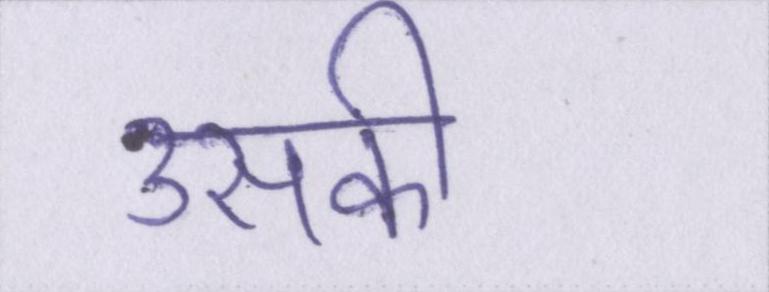
उसकी